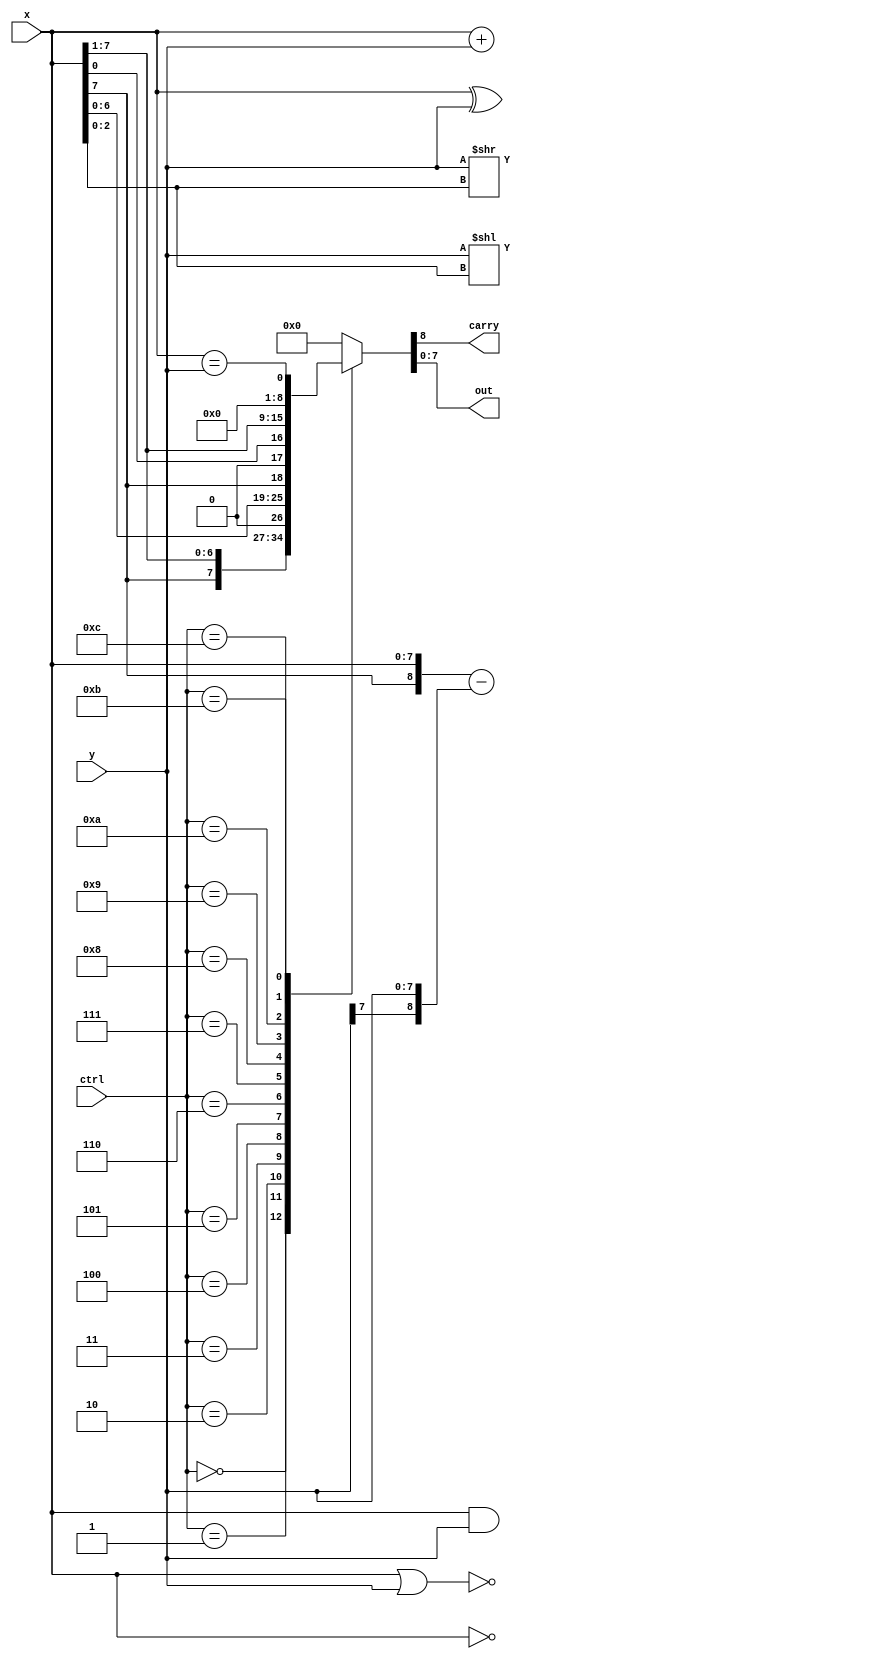
//RT Vlevel (event-driven) 
module alu_always(
    ctrl,
    x,
    y,
    carry,
    out 
);
    
    input      [3:0] ctrl;
    input      [7:0] x;
    input      [7:0] y;
    output reg carry;
    output reg [7:0] out;
    
    always @(ctrl or x or y) begin
        case (ctrl)
            4'b0000: {carry, out} = x + y;
            4'b0001: {carry, out} = {x[7], x} - {y[7], y};
            4'b0010: {carry, out} = x & y;
            4'b0011: {carry, out} = x | y;
            4'b0100: {carry, out} = ~x;
            4'b0101: {carry, out} = x ^ y;
            4'b0110: {carry, out} = ~(x | y);
            4'b0111: {carry, out} = y << x[2:0];
            4'b1000: {carry, out} = y >> x[2:0];
            4'b1001: {carry, out} = {x[7], x[7:1]};
            4'b1010: {carry, out} = {x[6:0], x[7]};
            4'b1011: {carry, out} = {x[0], x[7:1]};
            4'b1100: {carry, out} = (x == y);
            default : {carry, out} = 9'b0;
        endcase
    end

endmodule